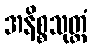
အနိစ္စသုတ္တံ